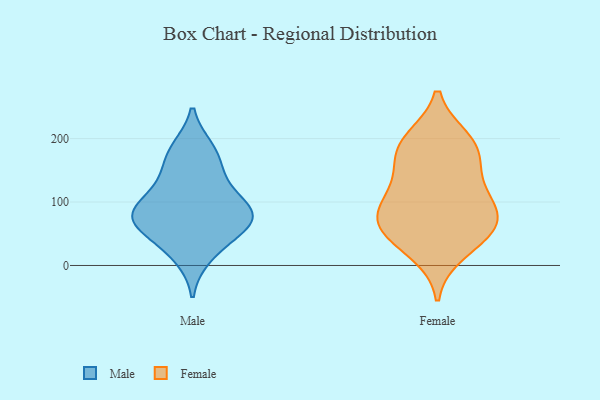
{"axis": {"x": "Net Income (USD K)", "y": "Value"}, "legend": ["Female", "Male"], "data": [{"x": "", "y": 79, "type": "Male"}, {"x": "", "y": 125, "type": "Male"}, {"x": "", "y": 94, "type": "Male"}, {"x": "", "y": 78, "type": "Male"}, {"x": "", "y": 184, "type": "Male"}, {"x": "", "y": 14, "type": "Male"}, {"x": "", "y": 141, "type": "Male"}, {"x": "", "y": 68, "type": "Male"}, {"x": "", "y": 85, "type": "Male"}, {"x": "", "y": 65, "type": "Male"}, {"x": "", "y": 40, "type": "Male"}, {"x": "", "y": 176, "type": "Male"}, {"x": "", "y": 134, "type": "Female"}, {"x": "", "y": 70, "type": "Female"}, {"x": "", "y": 105, "type": "Female"}, {"x": "", "y": 80, "type": "Female"}, {"x": "", "y": 21, "type": "Female"}, {"x": "", "y": 64, "type": "Female"}, {"x": "", "y": 195, "type": "Female"}, {"x": "", "y": 46, "type": "Female"}, {"x": "", "y": 169, "type": "Female"}, {"x": "", "y": 198, "type": "Female"}, {"x": "", "y": 106, "type": "Female"}, {"x": "", "y": 179, "type": "Female"}, {"x": "", "y": 58, "type": "Female"}]}